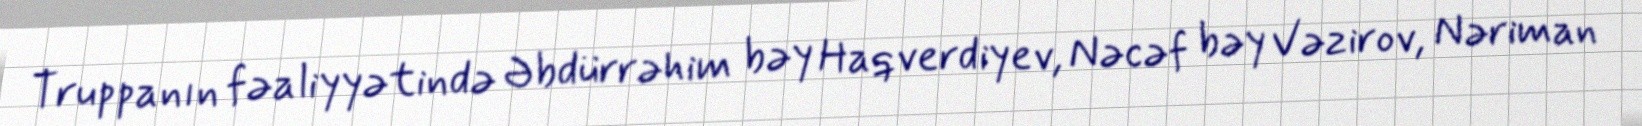
Truppanın fəaliyyətində Əbdürrəhim bəy Haqverdiyev, Nəcəf bəy Vəzirov, Nəriman